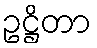
ဥဋ္ဌိတာ